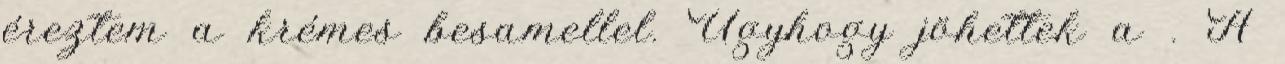
éreztem a krémes besamellel. Úgyhogy jöhettek a . A